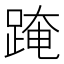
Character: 𨂁